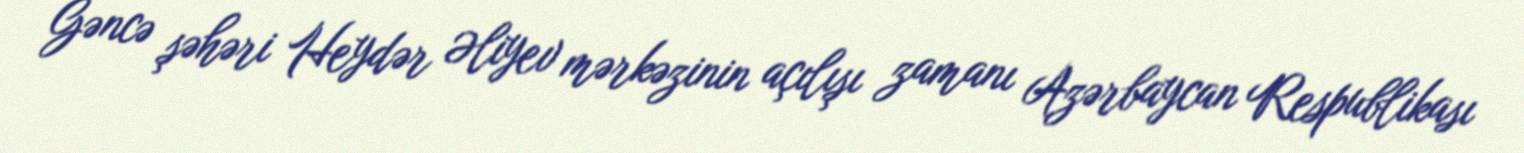
Gəncə şəhəri Heydər Əliyev mərkəzinin açılışı zamanı Azərbaycan Respublikası